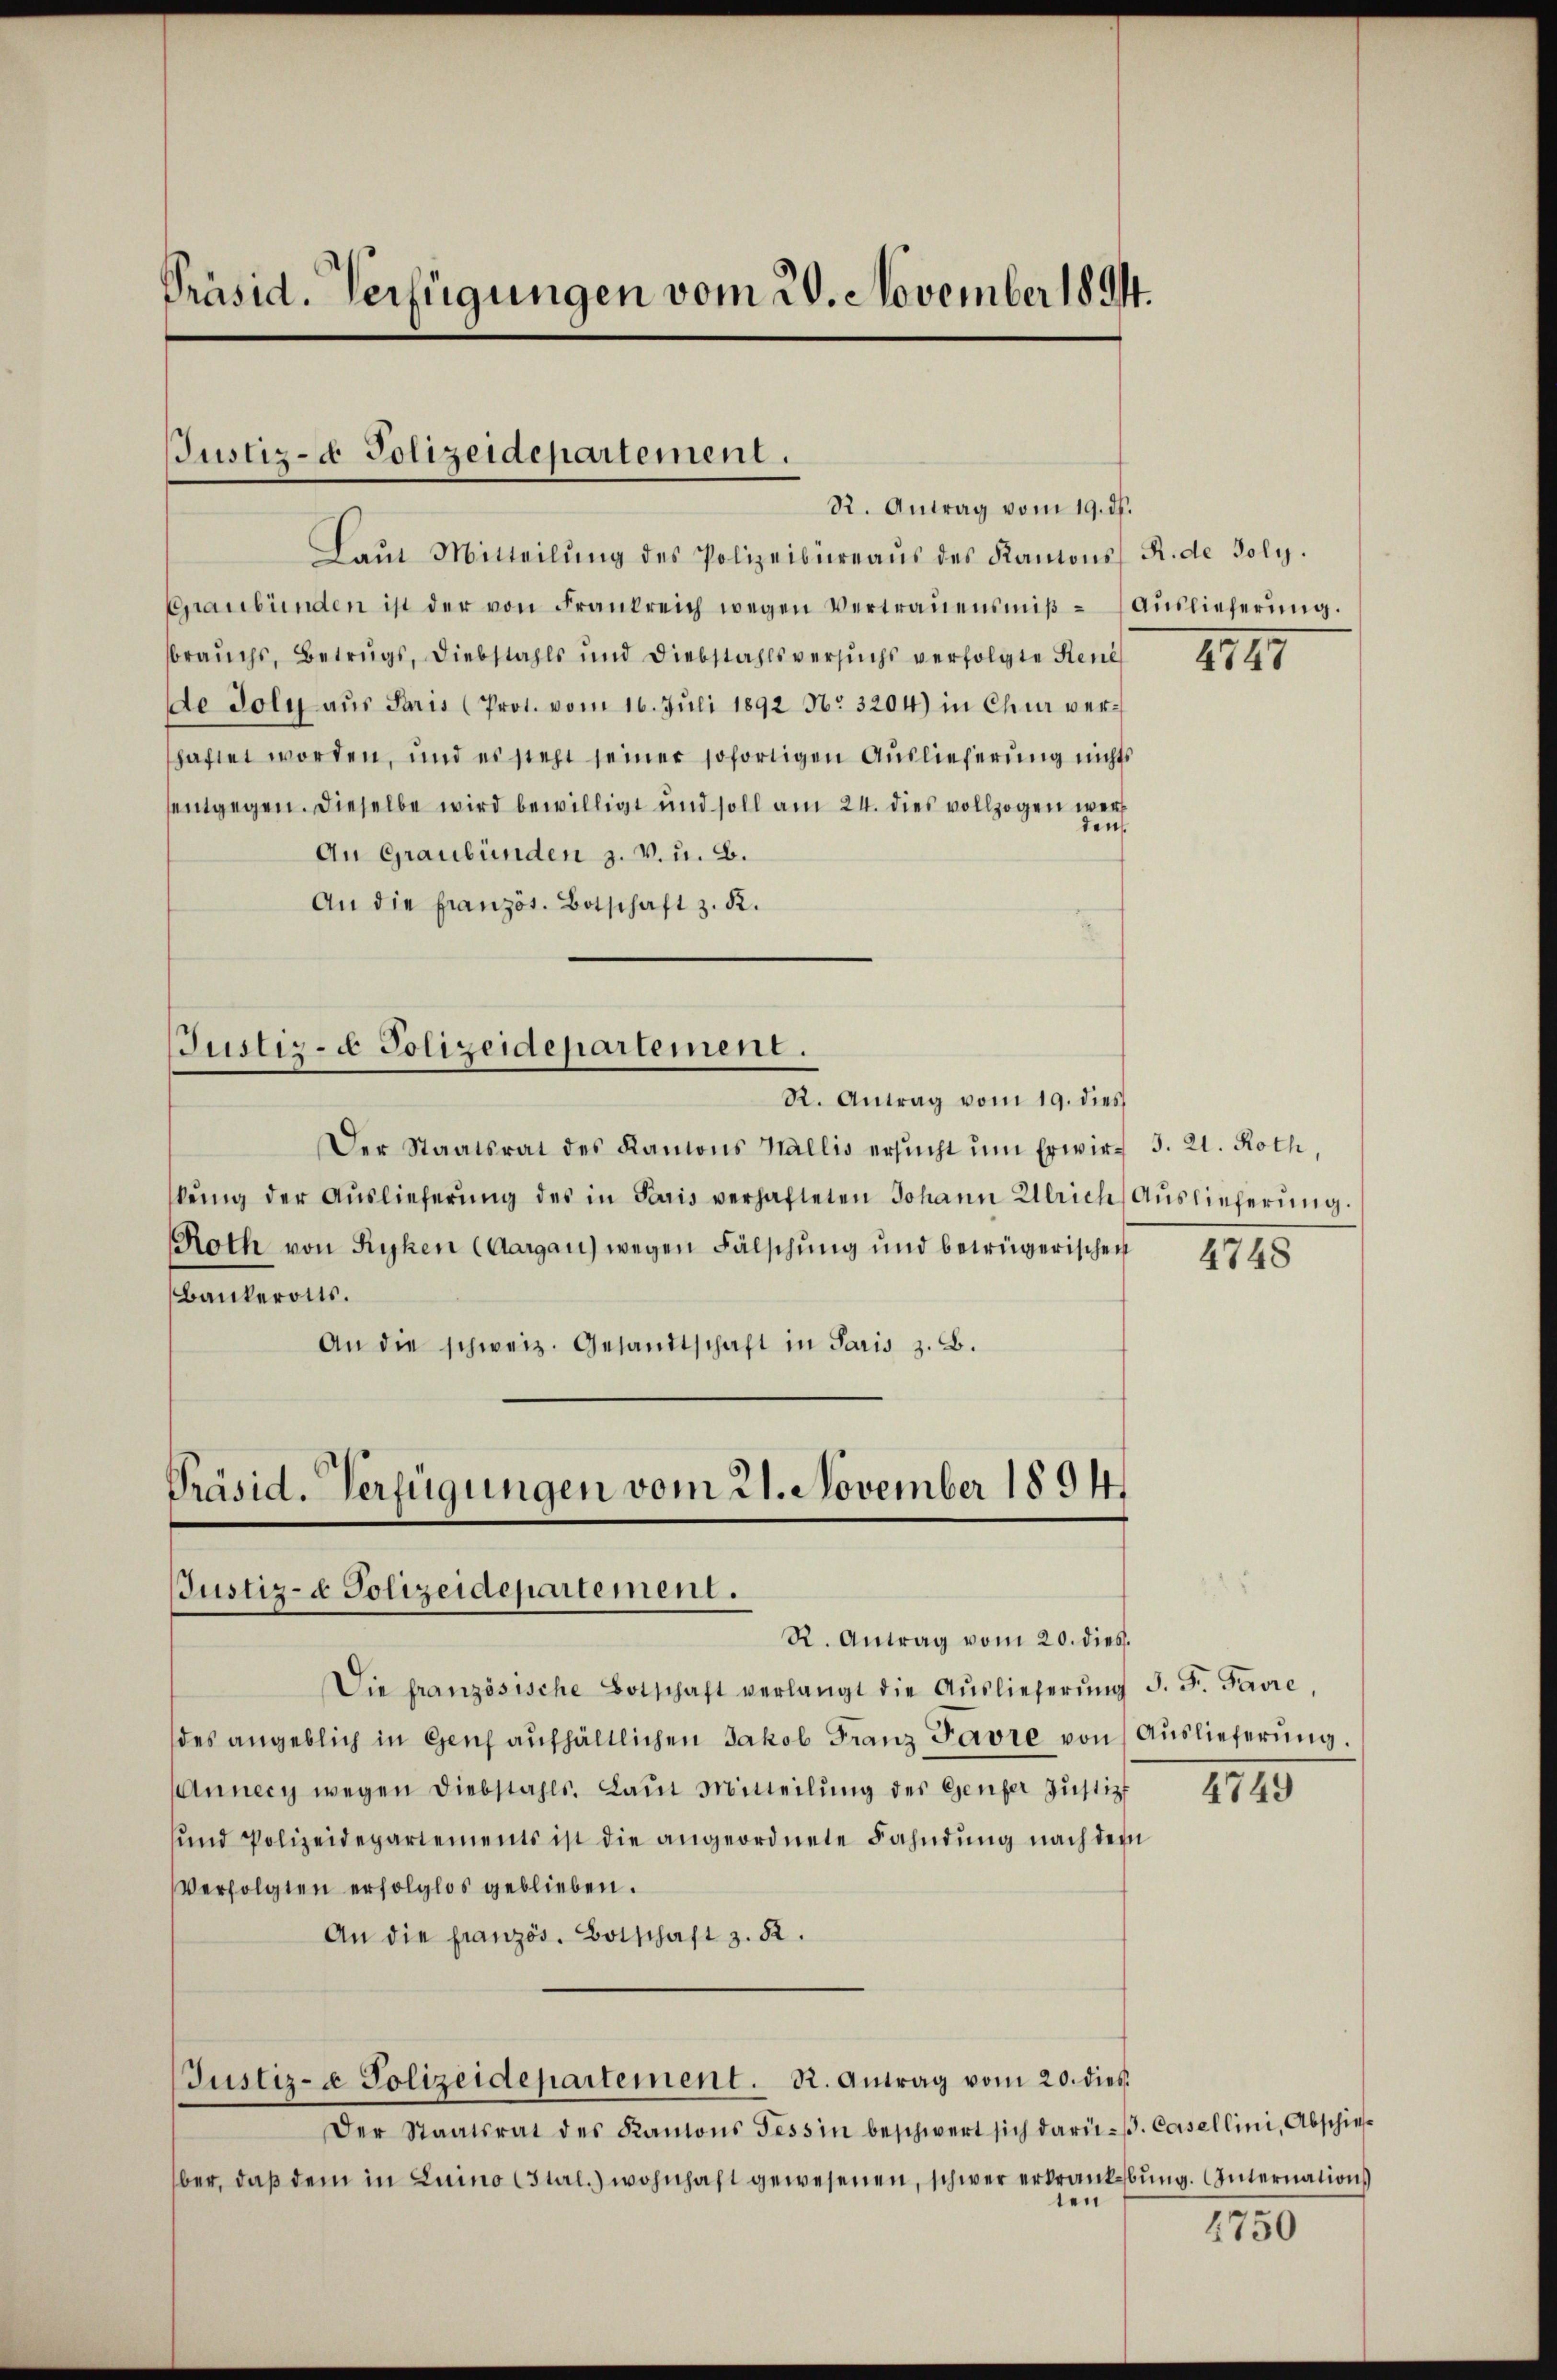
Präsid. Verfügungen vom 20. November 1894.

JJustiz- & Polizeidepartement.
R. Antrag vom 19. ds.

Laŭt Mitteilŭng des Polizeibüreaŭs des Kantons R. de Poly.
Graubünden ist der von Frankreich wegen Vertraŭensmiβ- Aŭslieferŭng.
sbrauchs, Betrugs, Diebstahls und Diebstahlsversuchs verfolgte Reni
de Joly aŭs Paris (Prot. vom 16. Juli 1892 No 3204) in Chur verhaftet worden, und es steht seiner sofortigen Auslieferung nichts
entgegen. Dieselbe wird bewilligt und soll am 24. dies vollzogen werden.
An Graubünden z. v. u. B.
An die französ. Botschaft z. R.

Justiz- & Polizeidepartement.
R. Antrag vom 19. dies

Präsid. Verfügungen vom 21. November 1894,
Justiz- & Polizeidepartement.
R. Antrag vom 20. dies

Justiz- & Polizeidepartement. R. Antrag vom 20. dieß

Der Staatsrat des Kantons Wallis ersŭcht ŭm Erwir- 3. 21. Roth,
kŭng der Aŭslieferŭng des in Paris verhafteten Johann Ulrich Auslieferŭng.
Roth von Ryken (Aargau) wegen Fälschung und betrügerischen
Bankeroits.
An die schweiz. Gesandtschaft in Paris z. B.

Der Staatsrat des Kantons Tessin beschwert sich darü-/. Casellini, Abschief
ber, daß dem in Luino (stal.) wohnhaft gewesenen, schwer erkrankebung. Internation
ten

Die französische Botschaft verlangt die Aŭslieferŭng S. F. Favre
des angeblich in Genf aufhältlichen Jakob Franz Favre von Auslieferung.
Annecy wegen Diebstahls. Laut Mitteilung der Genfer Justiz
und Polizeidepartements ist die angeordnete Fahndŭng nach dem
Verfolgten erfolglos geblieben.
An die französ. Botschaft z. 52.

1145

4748

4749

1750